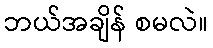
ဘယ်အချိန် စမလဲ။